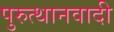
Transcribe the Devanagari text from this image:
पुरुत्थानवादी